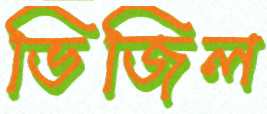
ভিজিল